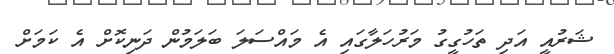
ޝަރުއީ އަދި ތަހުގީގު މަރުހަލާގައި އެ މައްސަލަ ބަލަމުން ދަނިކޮށް އެ ކަމަށް